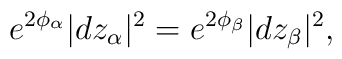
e^{2\phi_{\alpha}}|dz_{\alpha}|^2=e^{2\phi_{\beta}}|dz_{\beta}|^2 ,